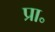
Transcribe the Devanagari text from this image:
प्रा॰